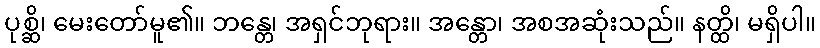
ပုစ္ဆိ၊ မေးတော်မူ၏။ ဘန္တေ၊ အရှင်ဘုရား။ အန္တော၊ အစအဆုံးသည်။ နတ္ထိ၊ မရှိပါ။